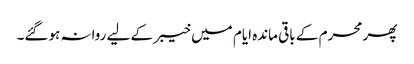
پھر محرم کے باقی ماندہ ایام میں خیبر کے لیے روانہ ہوگئے۔